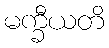
မက္ခီယတိ